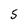
Character: S